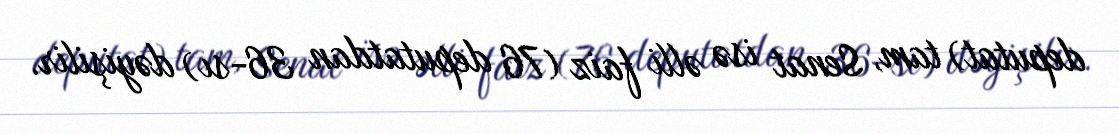
deputat) tam, Senat isə əlli faiz (76 deputatdan 36-sı) dəyişilir.